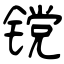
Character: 镋